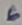
Text: 6